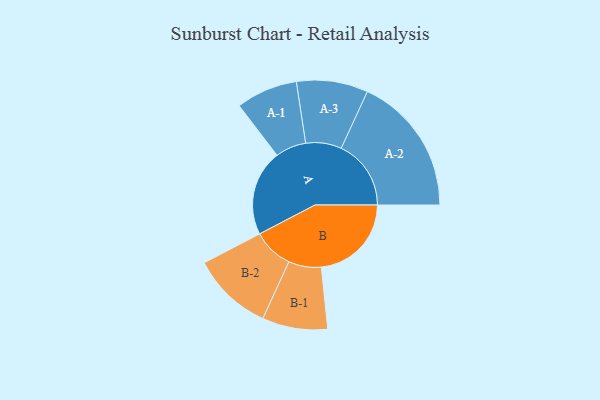
{"axis": {"x": "Segment", "y": "Value"}, "legend": ["", "A", "B"], "data": [{"x": "A", "y": 365, "type": ""}, {"x": "B", "y": 383, "type": ""}, {"x": "A-1", "y": 131, "type": "A"}, {"x": "A-2", "y": 297, "type": "A"}, {"x": "A-3", "y": 152, "type": "A"}, {"x": "B-1", "y": 139, "type": "B"}, {"x": "B-2", "y": 172, "type": "B"}]}